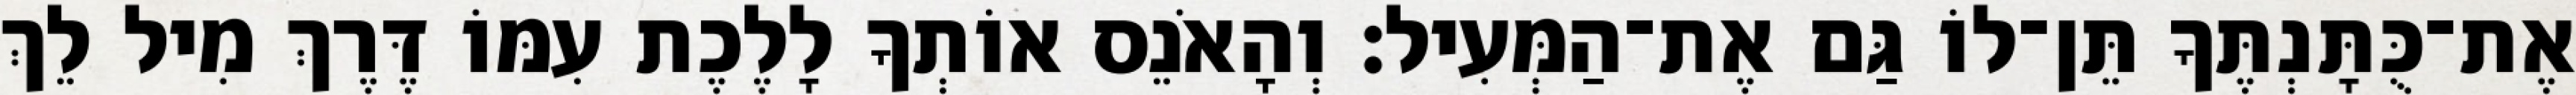
אֶת־כֻּתָּנְתֶּךָ תֵּן־לוֹ גַּם אֶת־הַמְּעִיל׃ וְהָאֹנֵס אוֹתְךָ לָלֶכֶת עִמּוֹ דֶּרֶךְ מִיל לֵךְ